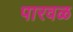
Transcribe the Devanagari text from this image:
पारवळ